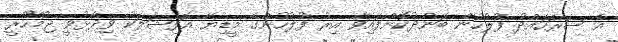
އެ ސަރަހައްދު ފުލުހުން ބަންދުކޮށްފައިވާ އިރު ފުލުހުންގެ މީޑިޔާ އޮފިޝަލަކު ވިދާޅުވީ ޖުމްހޫރީ